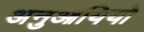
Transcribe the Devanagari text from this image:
अनुआयियो